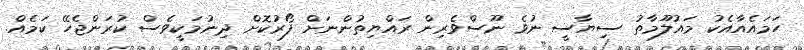
ހަަމައެއާއެކު މައުލޫމާތު ސިޔާސީ ނުވެ ނޫސްވެރިން ރައްޔިތުންނަށް ފޯރުކޮށް ދިނުމަކީވެސް ކުރަންޖެހޭ ކަމެއް.